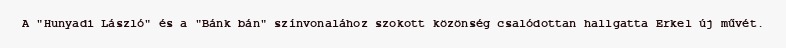
A "Hunyadi László" és a "Bánk bán" színvonalához szokott közönség csalódottan hallgatta Erkel új művét.